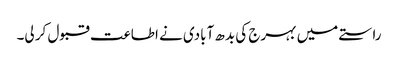
راستے میں بہرج کی بدھ آبادی نے اطاعت قبول کر لی۔